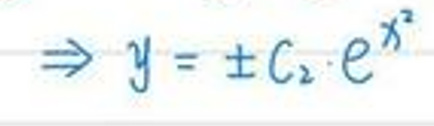
\(\Rightarrow y = \pm C_2 \cdot e^{x^2}\)